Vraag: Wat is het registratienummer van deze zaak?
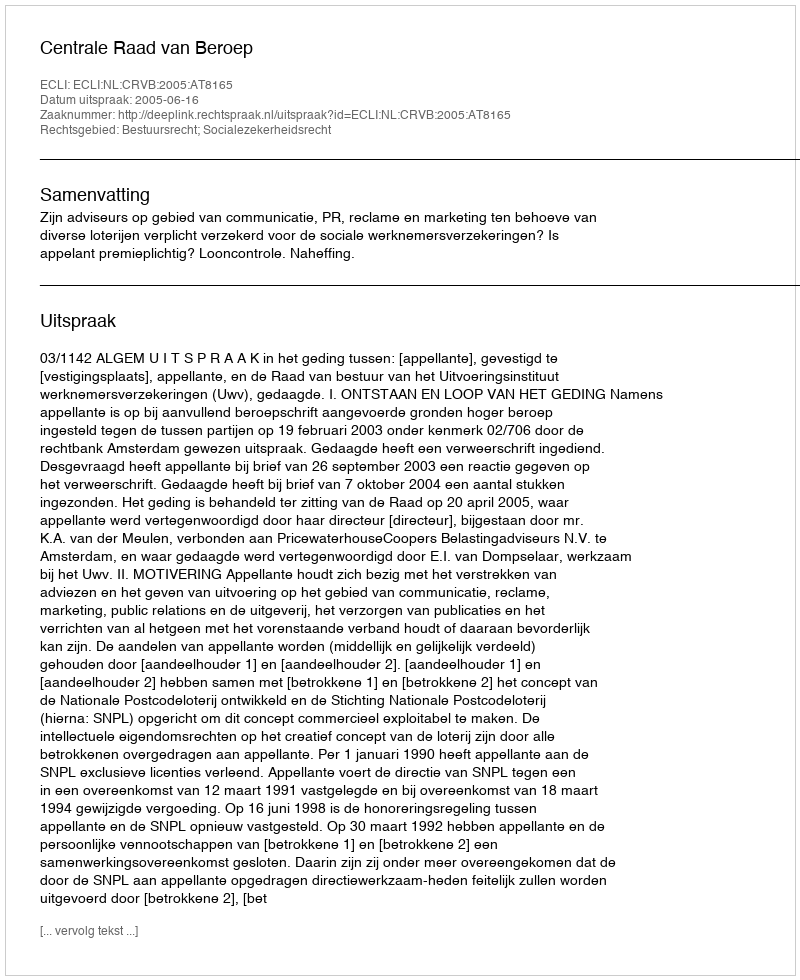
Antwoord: http://deeplink.rechtspraak.nl/uitspraak?id=ECLI:NL:CRVB:2005:AT8165